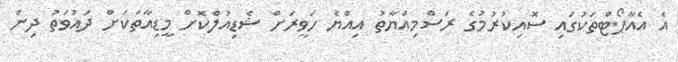
އެ އެއާޕޯޓްތަކުގައި ސޮއިކުރުމުގެ ރަސްމިއްޔާތު އިއްޔެ ހަވީރަށް ޝެޑިއުލްކޮށް މީޑިއާތަކަށް ދައުވަތު ދިން